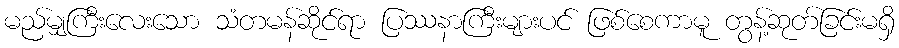
မည်မျှကြီးလေးသော သံတမန်ဆိုင်ရာ ပြဿနာကြီးများပင် ဖြစ်စေကာမူ တွန့်ဆုတ်ခြင်းမရှိ